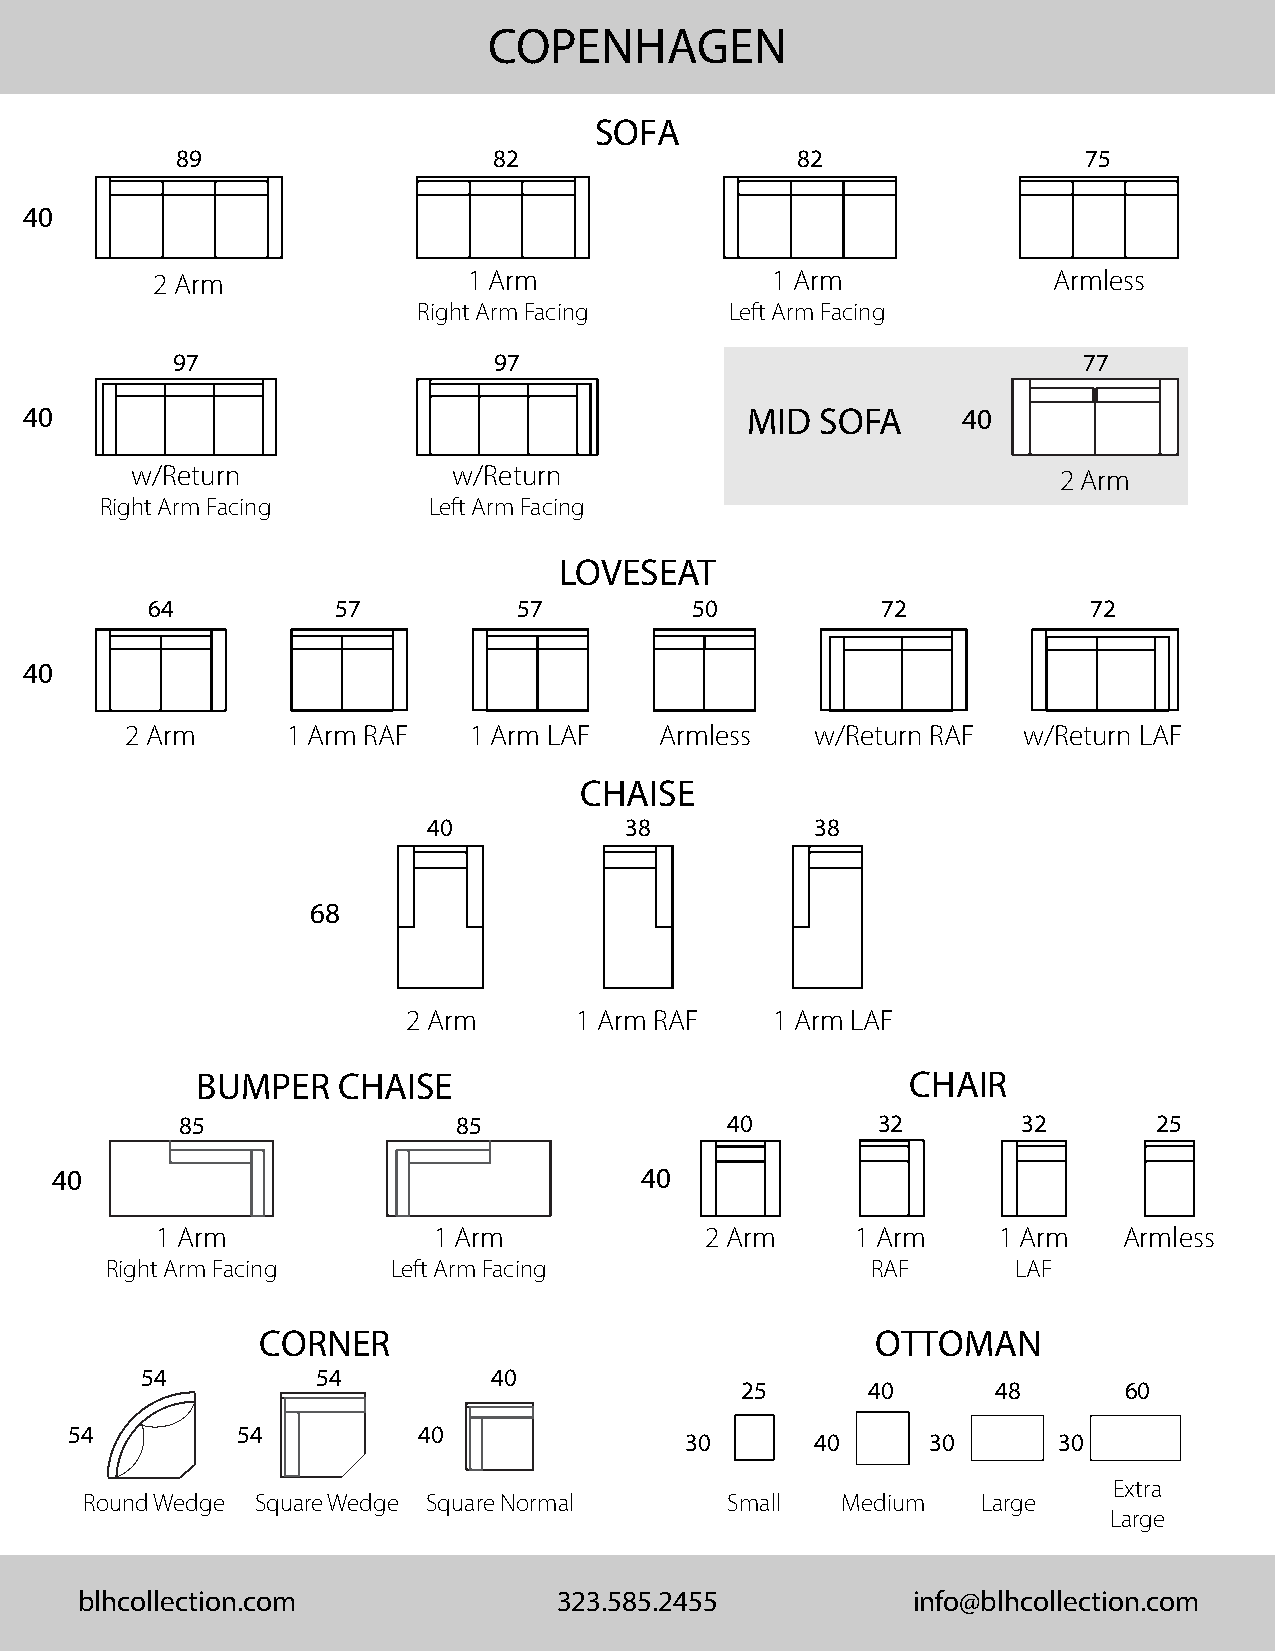
COPENHAGEN
 SOFA
 89                   82                  82                 75
 40
 2 Arm                1 Arm               1 Arm              Armless
 Right Arm Facing    Left Arm Facing
 97                    97                                     77
 40                                              MID  SOFA      40
 w/Return             w/Return                                2 Arm
 Right Arm Facing     Left Arm Facing
 LOVESEAT
 64          57          57          50          72            72
 40
 2 Arm      1 Arm RAF   1 Arm LAF    Armless   w/Return RAF  w/Return LAF
 CHAISE
 40           38           38
 68
 2 Arm      1 Arm RAF    1 Arm LAF
 BUMPER   CHAISE                                CHAIR
 85                85                40        32        32       25
 40                                     40
 1 Arm              1 Arm             2 Arm     1 Arm    1 Arm   Armless
 Right Arm Facing   Left Arm Facing                 RAF      LAF
 CORNER                                   OTTOMAN
 54          54          40
 25      40       48      60
 54         54          40
 30       40     30       30
 Extra
 Round Wedge Square Wedge Square Normal     Small   Medium   Large
 Large
 blhcollection.com               323.585.2455           info@blhcollection.com